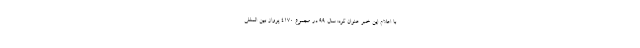
با اعلام این خبر عنوان کرد: سال ۹۹ در مجموع ۴۱۷۰ پرواز بین المللی